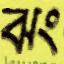
ঝং